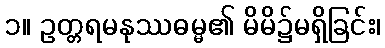
၁။ ဥတ္တရမနုဿဓမ္မ၏ မိမိ၌မရှိခြင်း၊